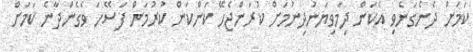
ކަމަށް ދެނެގަނެވި އެކަން ދިމާވިޔަނުދިނުމަށް ކުރަންޖެހޭ ކަންކަން ކުރުމަށް ފަސޭހަ ވެގެންދާނެ ކަމަށް